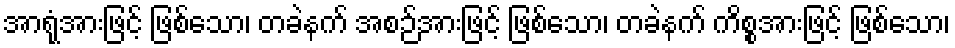
အာရုံအားဖြင့် ဖြစ်သော၊ တခဲနက် အစဉ်အားဖြင့် ဖြစ်သော၊ တခဲနက် ကိစ္စအားဖြင့် ဖြစ်သော၊